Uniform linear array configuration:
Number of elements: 48
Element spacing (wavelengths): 0.75
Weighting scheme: binomial
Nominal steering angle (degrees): -15
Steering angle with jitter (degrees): -16.144
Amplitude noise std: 0.05
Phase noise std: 0.05

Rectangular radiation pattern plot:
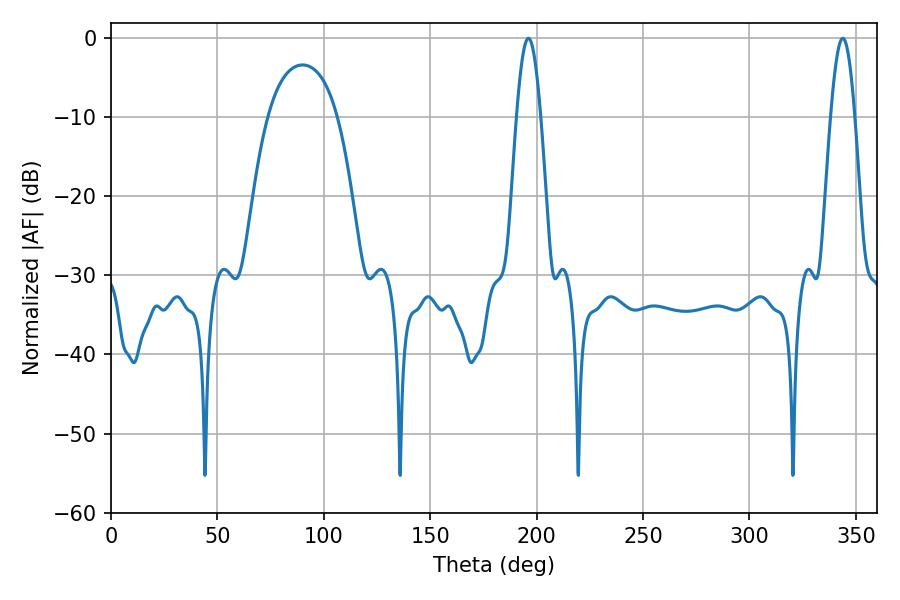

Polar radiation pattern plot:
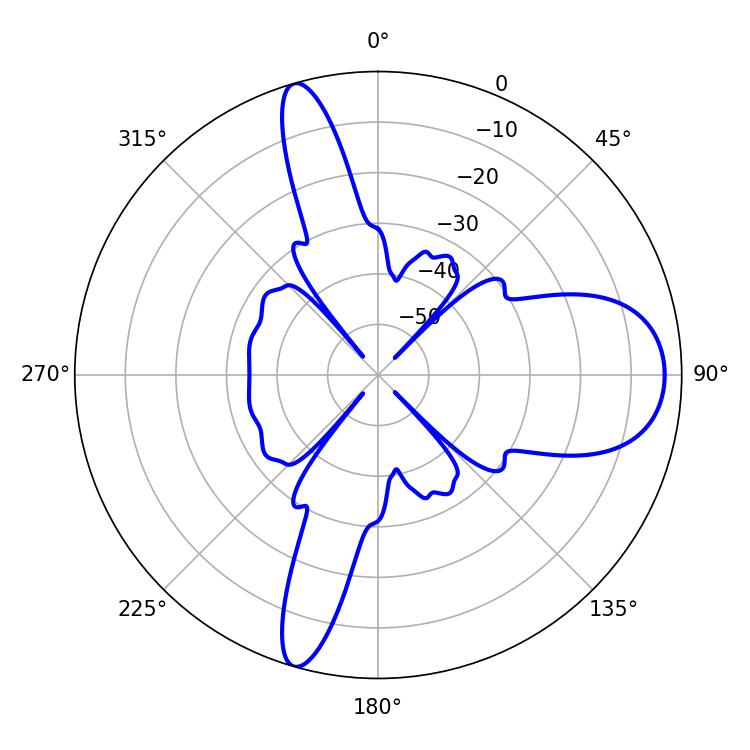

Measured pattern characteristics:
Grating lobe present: TRUE
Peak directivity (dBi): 12.041
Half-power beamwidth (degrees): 6.12
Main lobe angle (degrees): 343.8